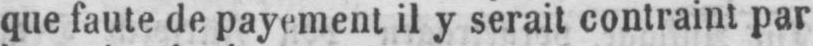
que faute de payement il y serait contraint par